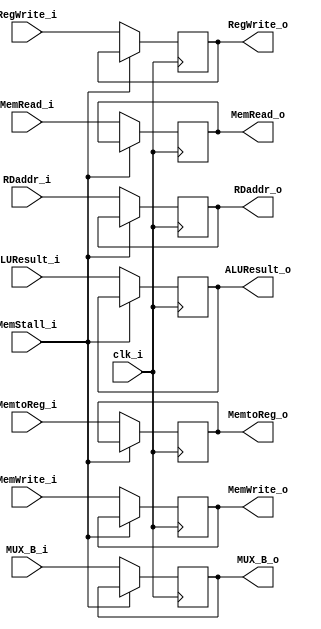
module EXMEM (
	clk_i,
	RegWrite_i,
    MemtoReg_i,
    MemRead_i,
    MemWrite_i,

    ALUResult_i,
    MUX_B_i,
    RDaddr_i,
    MemStall_i,

    RegWrite_o,
    MemtoReg_o,
    MemRead_o,
    MemWrite_o,

    ALUResult_o,
    MUX_B_o,
    RDaddr_o
);

input 						clk_i;
input						RegWrite_i, MemtoReg_i, MemRead_i, MemWrite_i;
input signed	[31:0]		ALUResult_i, MUX_B_i;
input			[4:0]		RDaddr_i;
input 						MemStall_i;

output						RegWrite_o, MemtoReg_o, MemRead_o, MemWrite_o;
output signed	[31:0]		ALUResult_o, MUX_B_o;
output			[4:0]		RDaddr_o;

reg							RegWrite_o = 1'b0, MemtoReg_o = 1'b0, MemRead_o = 1'b0, MemWrite_o = 1'b0;
reg signed		[31:0]		ALUResult_o = 32'b0, MUX_B_o = 32'b0;
reg 			[4:0]		RDaddr_o = 5'b0;

always @(posedge clk_i) begin
    if (~MemStall_i) begin
        RegWrite_o <= RegWrite_i;
        MemtoReg_o <= MemtoReg_i;
        MemRead_o <= MemRead_i;
        MemWrite_o <= MemWrite_i;
        ALUResult_o <= ALUResult_i;
        MUX_B_o <= MUX_B_i;
        RDaddr_o <= RDaddr_i;
    end

end

endmodule